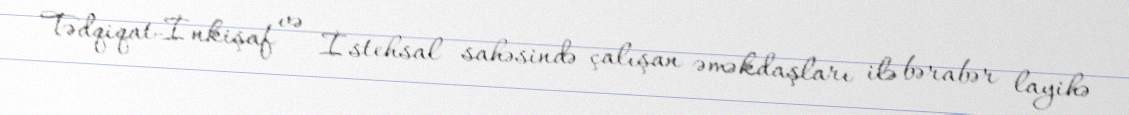
Tədqiqat-İnkişaf və İstehsal sahəsində çalışan əməkdaşları ilə bərabər layihə